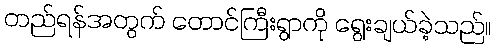
တည်ရန်အတွက် တောင်ကြီးရွာကို ရွေးချယ်ခဲ့သည်။